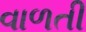
વાળતી